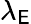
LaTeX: \lambda_{\mathsf{E}}